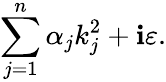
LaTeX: \sum_{j=1}^{n}\alpha_{j}k_{j}^{2}+\mathbf{i}\varepsilon.